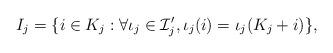
LaTeX: \begin{align*}I_j=\{i\in K_{j}:\forall \iota_j\in\mathcal{I}'_j, \iota_j(i)=\iota_j(K_{j}+i)\},\end{align*}